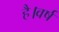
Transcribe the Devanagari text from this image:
है।वर्ष